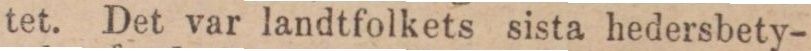
tet. Det var landtfolkets sista hedersbety-